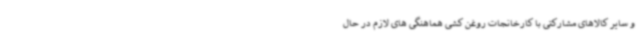
و سایر کالاهای مشارکتی با کارخانجات روغن کشی هماهنگی های لازم در حال